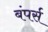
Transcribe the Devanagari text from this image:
बंपर्स